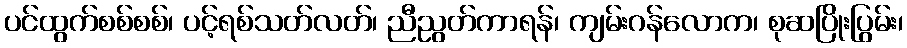
ပင်ထွက်စစ်စစ်၊ ပင့်ရစ်သတ်လတ်၊ ညီညွတ်ကာရန်၊ ကျမ်းဂန်လောက၊ စုဆပြိုးပြွမ်း၊